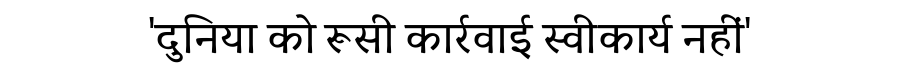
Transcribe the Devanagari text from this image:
'दुनिया को रूसी कार्रवाई स्वीकार्य नहीं'